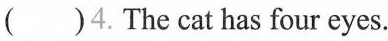
()4. The cat has four eyes.